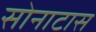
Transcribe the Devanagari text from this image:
सोनाटास